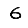
Digit: 6